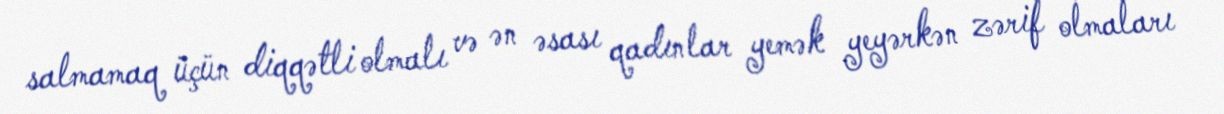
salmamaq üçün diqqətli olmalı və ən əsası qadınlar yemək yeyərkən zərif olmaları